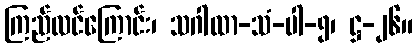
ကြည်လင်ကြောင်း၊ သဂါထာ-သံ-ပါ-၅၊ ဋ္ဌ-၂၆။